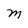
Character: M